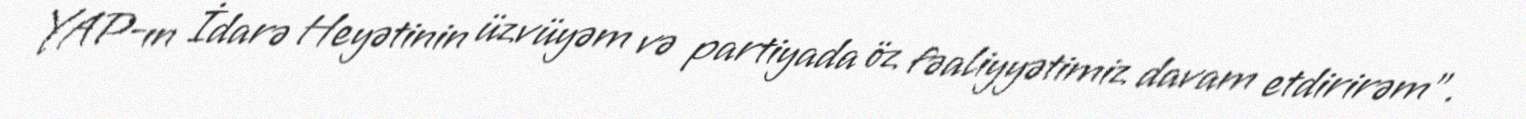
YAP-ın İdarə Heyətinin üzvüyəm və partiyada öz fəaliyyətimiz davam etdirirəm”.